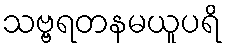
သဗ္ဗရတနမယူပရိ